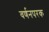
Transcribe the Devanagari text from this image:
वर्णनपरक